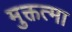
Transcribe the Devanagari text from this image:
मुक्तत्मा